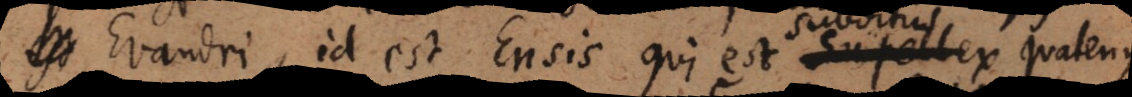
est Evandri, id est Ensis qui est supe